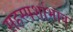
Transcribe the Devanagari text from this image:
सहस्पर्शाभाव